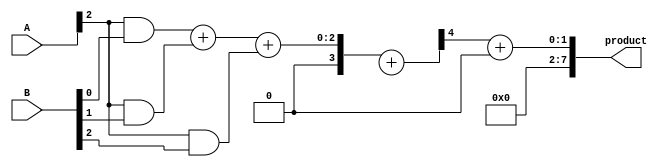
module low_power_wallace_tree_multiplier #(
    parameter N = 4  // Width of the input numbers
)(
    input  [N-1:0] A,         // First operand
    input  [N-1:0] B,         // Second operand
    output [2*N-1:0] product   // Output product
);

    wire [N-1:0] pp [0:N-1];  // Partial products
    wire [N-1:0] sum_matrix[0:N+N-1]; // For summation of partial products
    wire [N-1:0] carry_matrix[0:N+N-1]; // For carry bits

    // Generate partial products
    genvar i, j;
    generate
        for (i = 0; i < N; i = i + 1) begin : pp_gen
            for (j = 0; j < N; j = j + 1) begin : pp_bit
                assign pp[i][j] = A[i] & B[j]; // AND operation to generate partial products
            end
        end
    endgenerate

    // Wallace Tree Reduction
    genvar k;
    generate
        // Initial stage: copy partial products to matrix
        for (k = 0; k < N; k = k + 1) begin
            assign sum_matrix[k] = pp[k]; // Load partial products into the sum matrix
        end 

        // Sum and carry calculation
        for (k = 0; k < N-1; k = k + 1) begin : wallace_reduction
            if (k < N-1) begin
                assign {carry_matrix[k], sum_matrix[N+k]} = pp[k][0] + pp[k][1] + pp[k][2]; // Full Adder
            end else begin
                assign sum_matrix[N+k] = pp[k][0] + pp[k][1]; // Final stage just adds the last two
            end
        end
    endgenerate

    // Final addition of remaining sums
    wire [2*N-1:0] final_sum;
    wire [2*N-1:0] final_carry;

    assign {final_carry, final_sum} = {1'b0, sum_matrix[N+N-2]} + {1'b0, sum_matrix[N+N-1]}; // Add final sums

    // Output the final product
    assign product = final_sum[2*N-1:N] + final_carry; // Combine final outputs into product width

endmodule